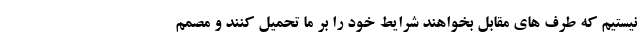
نیستیم که طرف های مقابل بخواهند شرایط خود را بر ما تحمیل کنند و مصمم